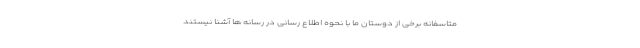
متاسفانه برخی از دوستان ما با نحوه اطلاع رسانی در رسانه ها آشنا نیستند